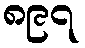
၈၉၇